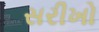
સરીખો